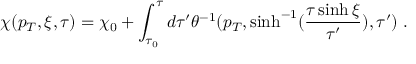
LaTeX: \chi ( p _ { T } , \xi , \tau ) = \chi _ { 0 } + \int _ { \tau _ { 0 } } ^ { \tau } d \tau ^ { \prime } \theta ^ { - 1 } ( p _ { T } , \sinh ^ { - 1 } ( \frac { \tau \sinh \xi } { \tau ^ { \prime } } ) , \tau ^ { \prime } ) \; .